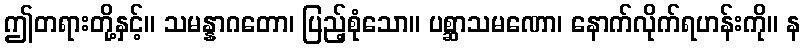
ဤတရားတို့နှင့်။ သမန္နာဂတော၊ ပြည့်စုံသော။ ပစ္ဆာသမဏော၊ နောက်လိုက်ရဟန်းကို။ န